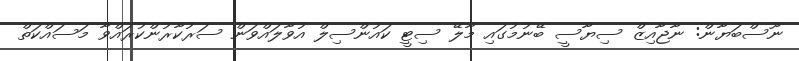
ނޫސްބަޔާން: ނާޖާއިޒް ސިޔާސީ ބޭނުމުގައި މާލޭ ސިޓީ ކައުންސިލް އުވާލައްވަން ސަރުކާރުންކުރައްވާ މަސައްކަތް